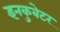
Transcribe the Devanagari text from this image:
इनकुबेटर